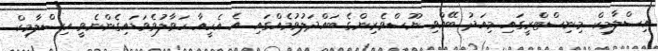
އިސްލާމިކް މިނިސްޓްރީގައި މިއަދު ބޭއްވި ނޫސްވެރިންގެ ބައްދަލުވުމެއްގައި އެ އެހީއާ ހަވާލުވެވަޑައިގެންނެވީ އިސްލާމިކް